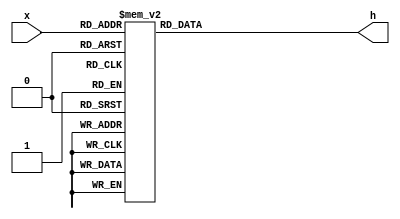
module decoder_hex_10(input [3:0]x,
							output reg [0:6]h);
							
	always @(*)
		case(x)
			4'd0: h = 7'b0000001; // 0
			4'd1: h = 7'b1001111; // 1
			4'd2: h = 7'b0010010; // 2
			4'd3: h = 7'b0000110; // 3
			4'd4: h = 7'b1001100; // 4 
			4'd5: h = 7'b0100100; // 5
			4'd6: h = 7'b0100000; // 6
			4'd7: h = 7'b0001111; // 7
			4'd8: h = 7'b0000000; // 8
			4'd9: h = 7'b0000100; // 9
			default: h = 7'b1111111;
		endcase
		
endmodule